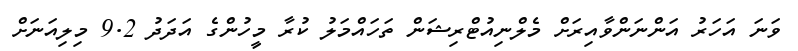
ވަނަ އަހަރު އަންނަންވާއިރަށް މެލްނިއުޓްރިޝަން ތަހައްމަލު ކުރާ މީހުންގެ އަދަދު 9.2 މިލިއަނަށް